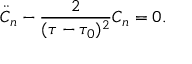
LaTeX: \ddot { C } _ { n } - \frac { 2 } { ( \tau - \tau _ { 0 } ) ^ { 2 } } C _ { n } = 0 .